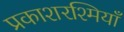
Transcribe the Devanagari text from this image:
प्रकाशरश्मियाँ